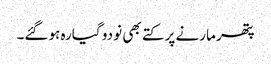
پتھر مارنے پر کتے بھی نو دو گیارہ ہوگئے۔